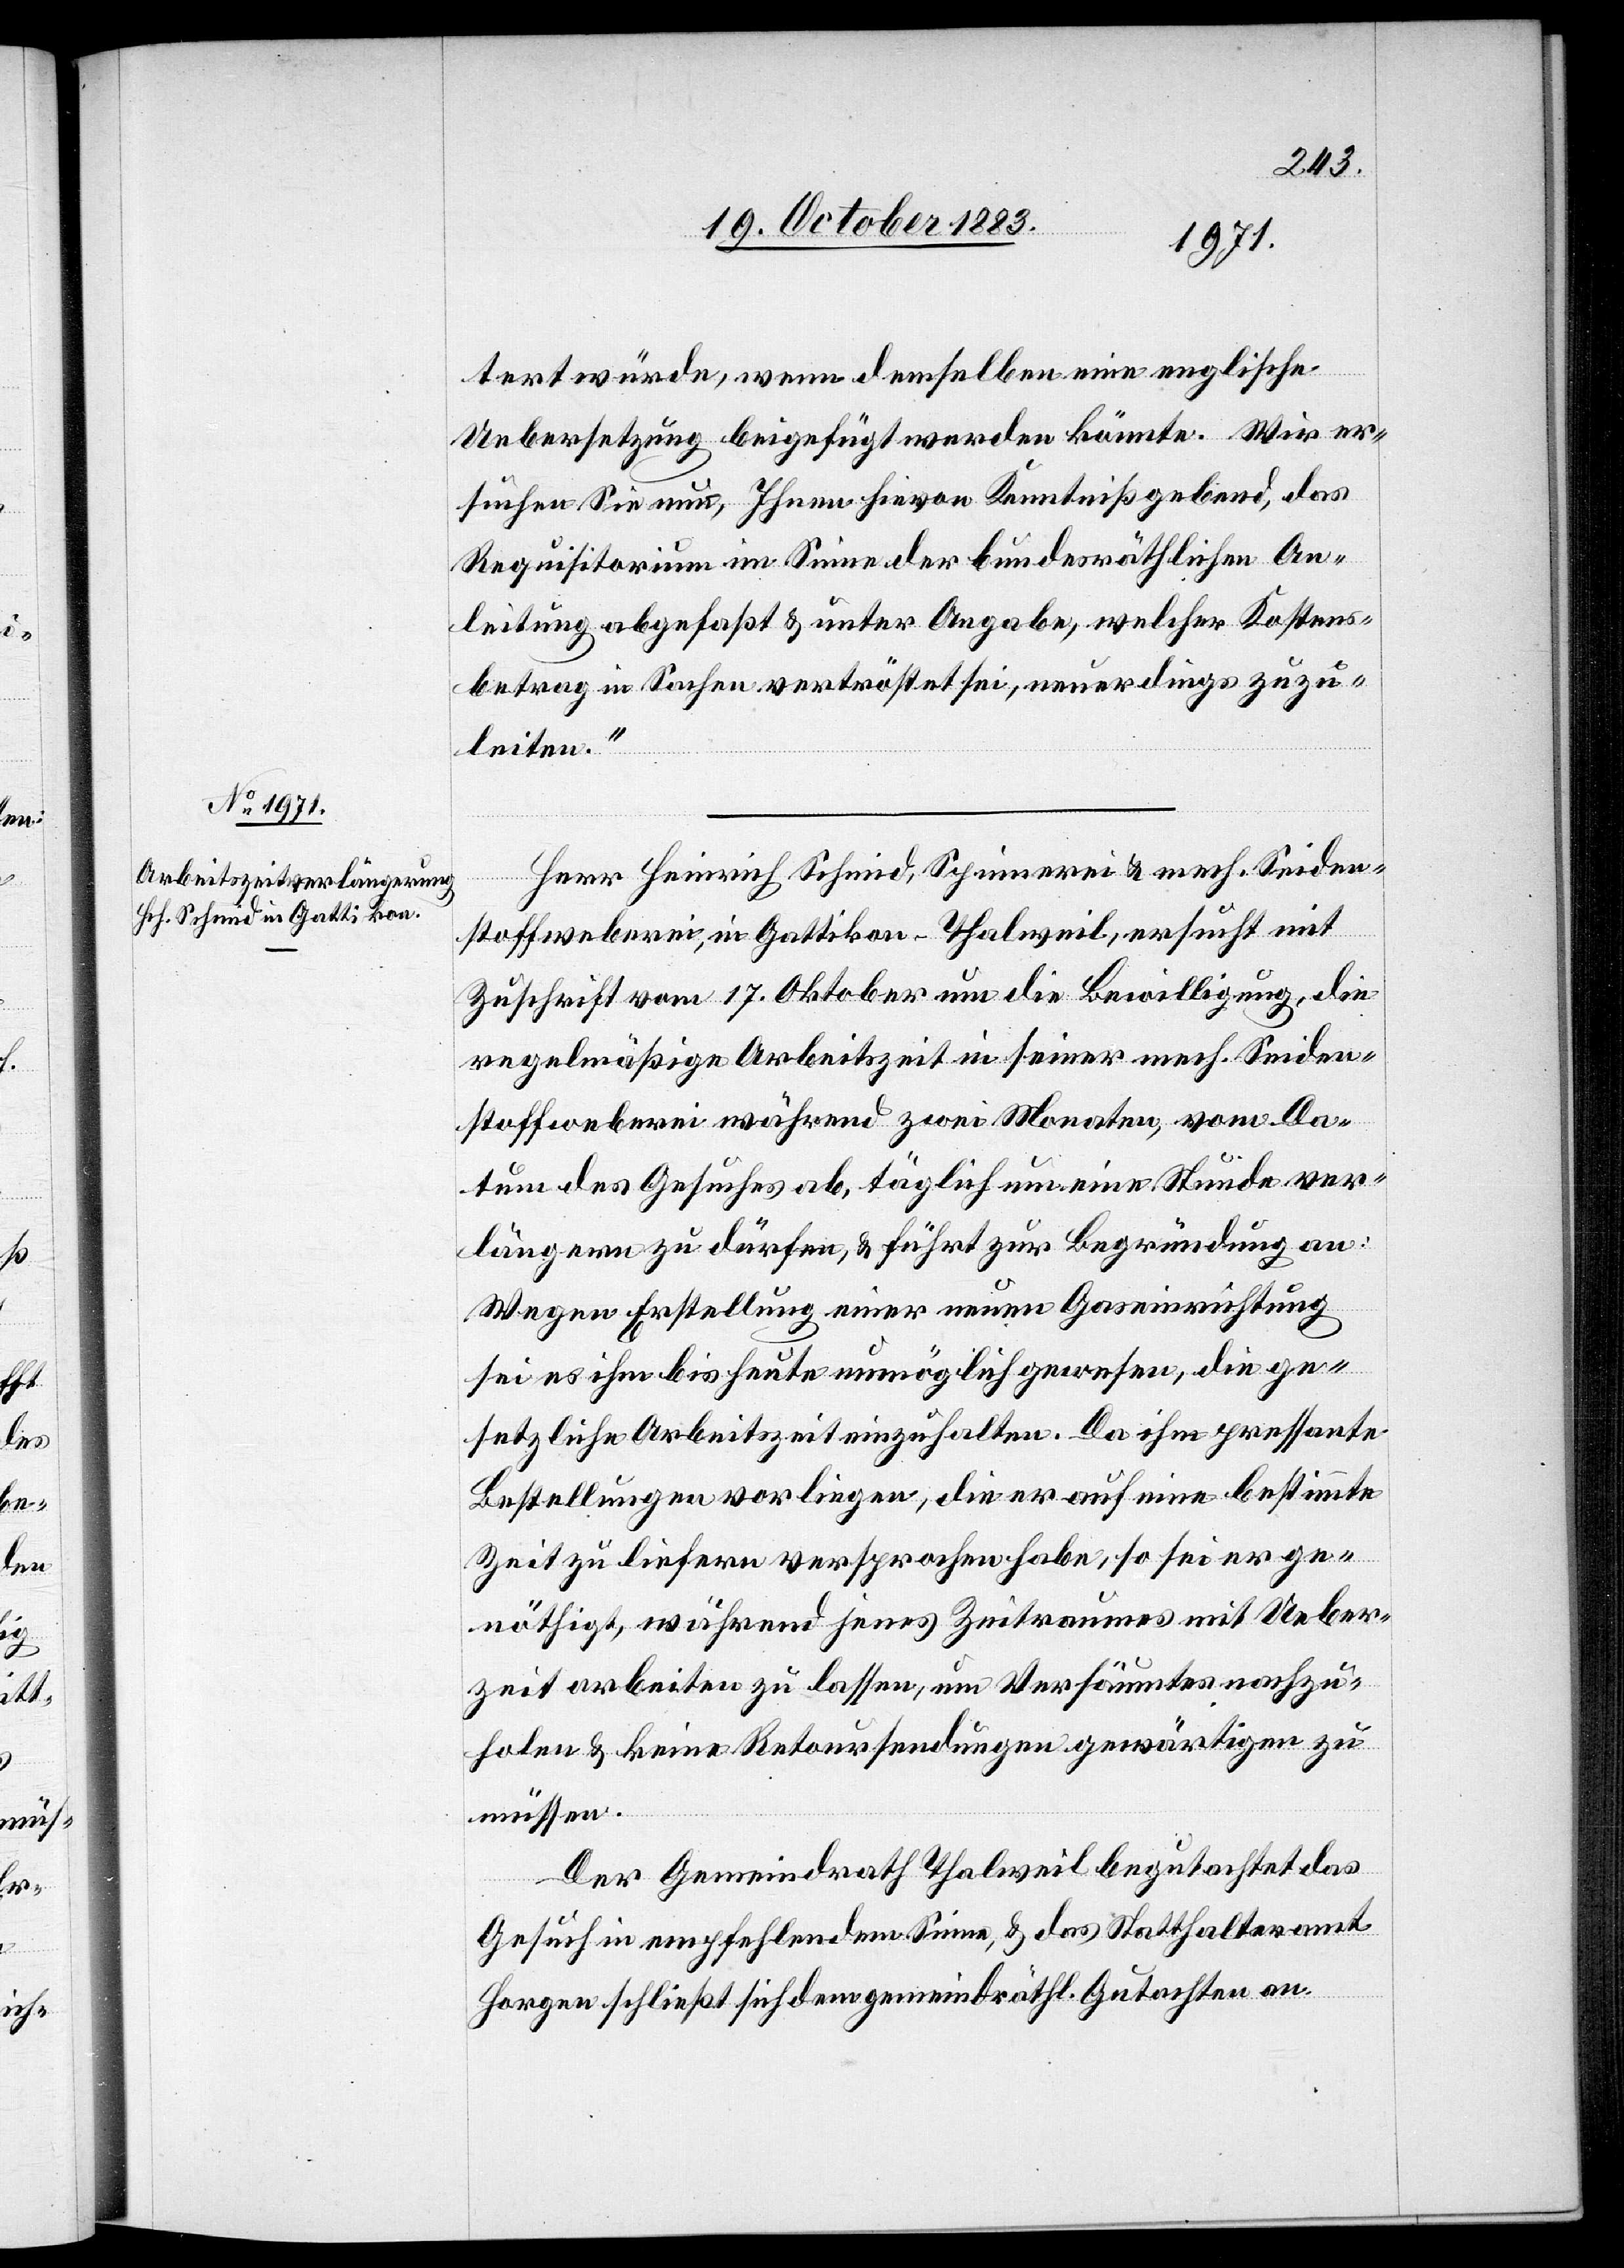
23. October 1883.]
tert würde, wenn demselben eine englische
Uebersetzung beigefügt werden könnte. Wir er¬
suchen Sie nun, Ihnen hievon Kenntniß gebend, das
Requisitorium im Sinne der bundesräthlichen An¬
leitung abgefaßt & unter Angabe, welcher Kostens¬
betrag [sic!] in Sachen vertröstet sei, neuerdings zuzu¬
leiten.“
Herr Heinrich Schmid, Spinnerei & mech. Seiden¬
stoffweberei, in Gattikon - Thalweil, ersucht mit
Zuschrift vom 17. Oktober um die Bewilligung, die
regelmäßige Arbeitszeit in seiner mech. Seiden¬
stoffweberei während zwei Monaten, vom Da¬
tum des Gesuches ab, täglich um eine Stunde ver¬
längern zu dürfen, & führt zur Begründung an:
Wegen Erstellung einer neuen Gaseinrichtung
sei es ihm bis heute unmöglich gewesen, die ge¬
setzliche Arbeitszeit einzuhalten. Da ihm pressante
Bestellungen vorliegen, die er auf eine bestimmte
Zeit zu liefern versprochen habe, so sei er ge¬
nöthigt, während jenes Zeitraumes mit Ueber¬
zeit arbeiten zu lassen, um Versäumtes nachzu¬
holen & keine Rekurssendungen gewärtigen zu
müssen.
Der Gemeindrath Thalweil begutachtet das
Gesuch in empfehlendem Sinne, & das Statthalteramt
Horgen schließt sich dem gemeindräthl. Gutachten an.